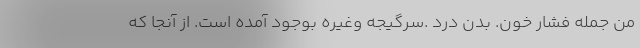
من جمله فشار خون. بدن درد .سرگیجه وغیره بوجود آمده است. از آنجا که